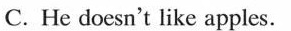
C. He doesn't like apples.